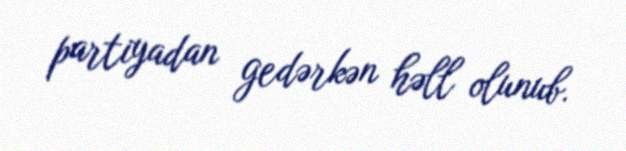
partiyadan gedərkən həll olunub.